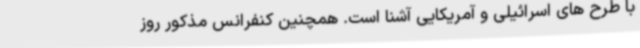
با طرح های اسرائیلی و آمریکایی آشنا است. همچنین کنفرانس مذکور روز